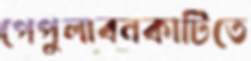
পেপুলাবনকাটিতে